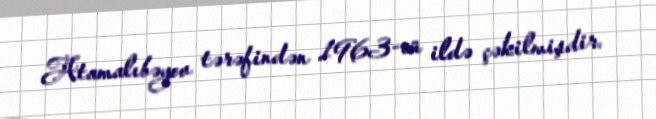
Atamalıbəyov tərəfindən 1963-cü ildə çəkilmişdir.